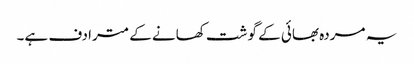
یہ مردہ بھائی کے گوشت کھانے کے مترادف ہے۔